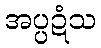
အပ္ပဍံသ